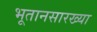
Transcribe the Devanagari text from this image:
भूतानसारख्या